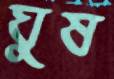
ঘুষ